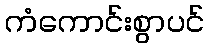
ကံကောင်းစွာပင်